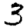
Digit: 3